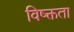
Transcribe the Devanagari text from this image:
विष्क्तता